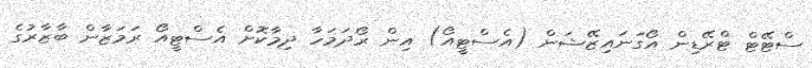
ސްޓޭޓް ޓްރޭޑިން އޯގަނައިޒޭޝަން (އެސްޓީއޯ) އިން ރޯދަމަހާ ދިމާކޮށް އެސްޓީއޯ ރަމަޒާން ބާޒާރުގެ